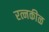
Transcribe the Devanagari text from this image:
रत्नकीळ